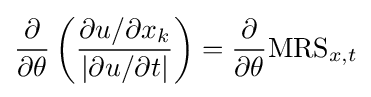
{\frac {\partial }{\partial \theta }}\left({\frac {\partial u/\partial x_{k}}{\left|\partial u/\partial t\right|}}\right)={\frac {\partial }{\partial \theta }}\mathrm {MRS} _{x,t}